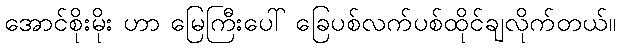
အောင်စိုးမိုး ဟာ မြေကြီးပေါ် ခြေပစ်လက်ပစ်ထိုင်ချလိုက်တယ်။